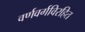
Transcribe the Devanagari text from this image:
वर्णवर्गविरहित